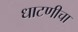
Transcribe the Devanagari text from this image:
धाटणीचा